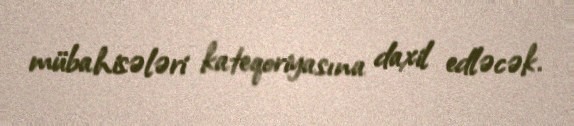
mübahisələri kateqoriyasına daxil edləcək.